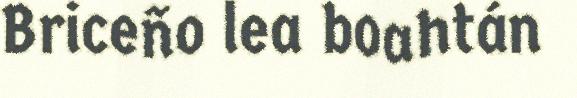
Briceño lea boahtán